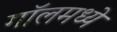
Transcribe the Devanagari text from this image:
गॉलमध्ये